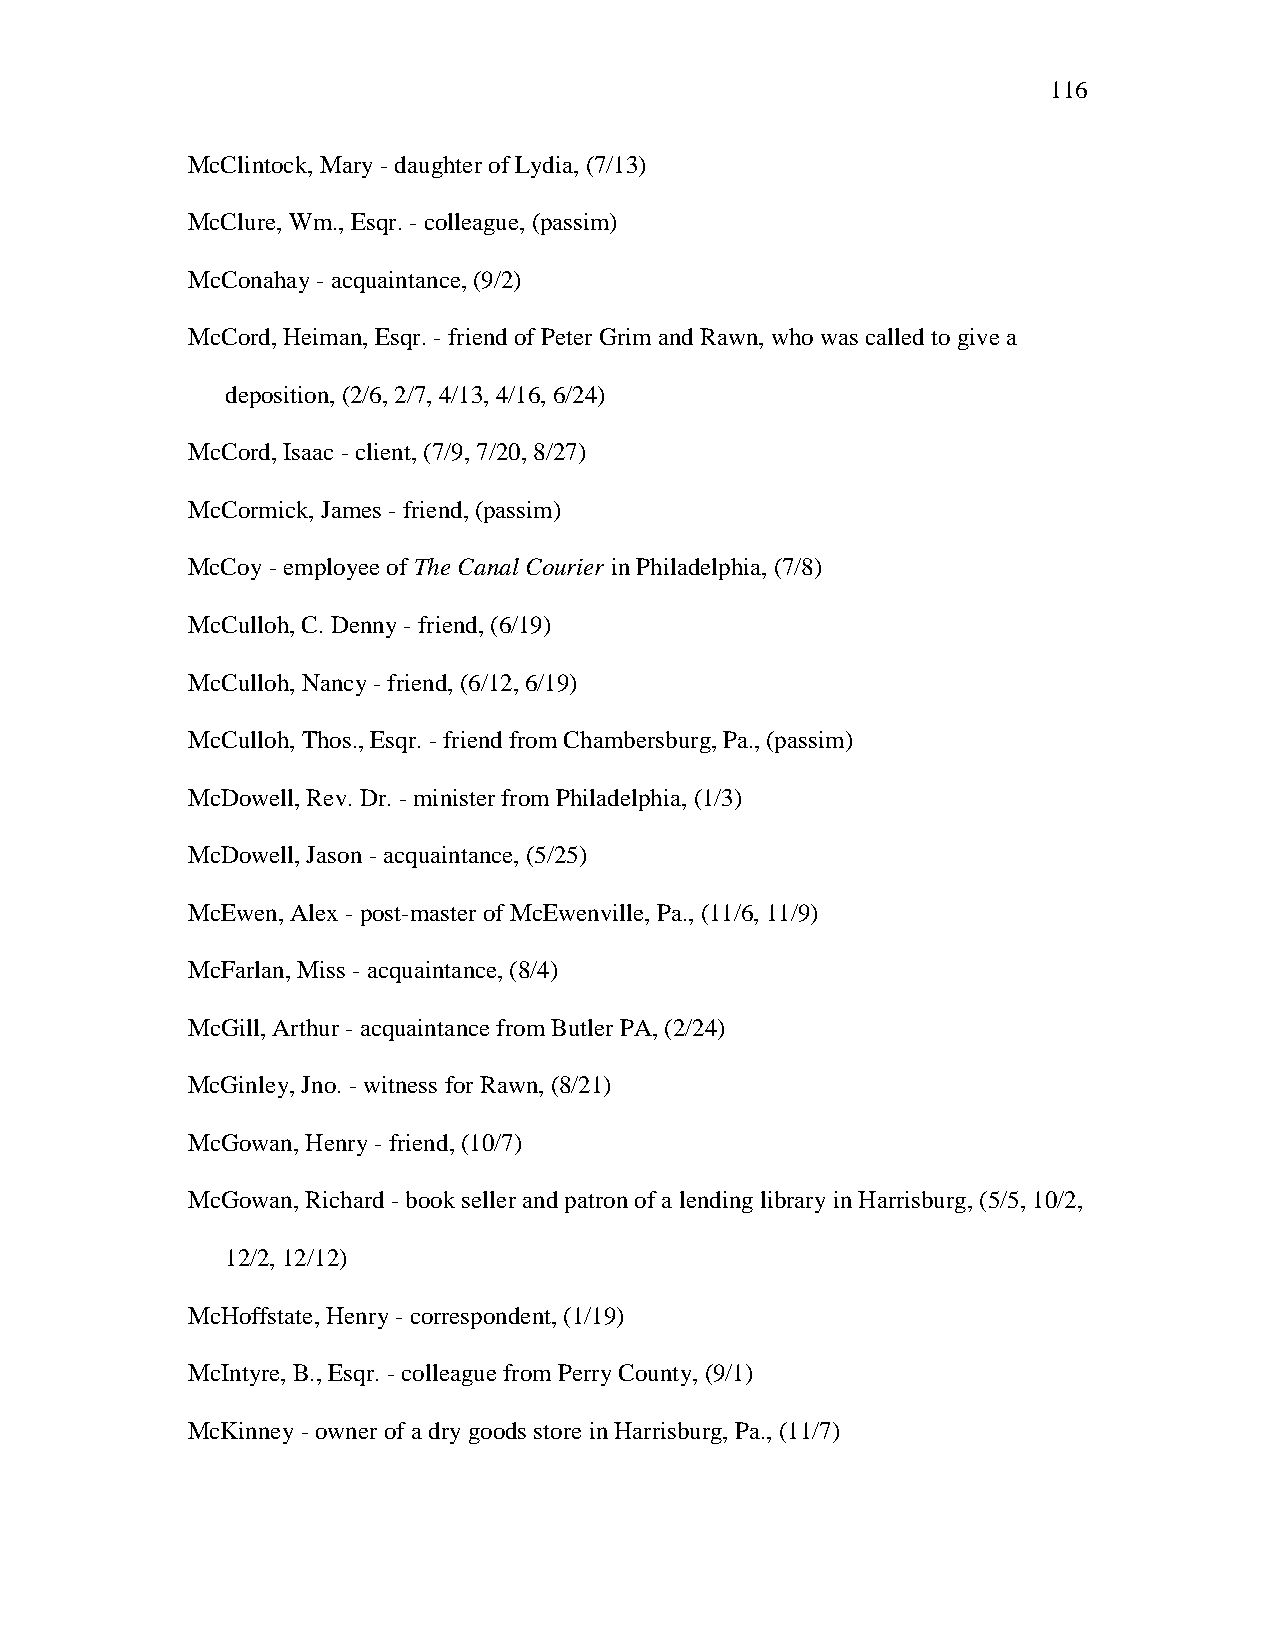
116
 McClintock, Mary - daughter of Lydia, (7/13)
 McClure, Wm., Esqr. - colleague, (passim)
 McConahay - acquaintance, (9/2)
 McCord, Heiman, Esqr. - friend of Peter Grim and Rawn, who was called to give a
 deposition, (2/6, 2/7, 4/13, 4/16, 6/24)
 McCord, Isaac - client, (7/9, 7/20, 8/27)
 McCormick, James - friend, (passim)
 McCoy - employee of The Canal Courier in Philadelphia, (7/8)
 McCulloh, C. Denny - friend, (6/19)
 McCulloh, Nancy - friend, (6/12, 6/19)
 McCulloh, Thos., Esqr. - friend from Chambersburg, Pa., (passim)
 McDowell, Rev. Dr. - minister from Philadelphia, (1/3)
 McDowell, Jason - acquaintance, (5/25)
 McEwen, Alex - post-master of McEwenville, Pa., (11/6, 11/9)
 McFarlan, Miss - acquaintance, (8/4)
 McGill, Arthur - acquaintance from Butler PA, (2/24)
 McGinley, Jno. - witness for Rawn, (8/21)
 McGowan, Henry - friend, (10/7)
 McGowan, Richard - book seller and patron of a lending library in Harrisburg, (5/5, 10/2,
 12/2, 12/12)
 McHoffstate, Henry - correspondent, (1/19)
 McIntyre, B., Esqr. - colleague from Perry County, (9/1)
 McKinney - owner of a dry goods store in Harrisburg, Pa., (11/7)